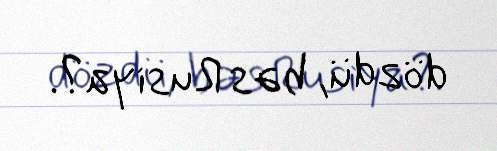
dözdü, bəs Rusiya?.